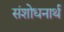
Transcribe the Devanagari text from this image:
संशोधनार्थ